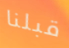
قبلنا